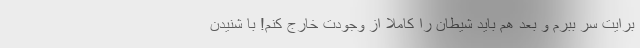
برایت سر ببرم و بعد هم باید شیطان را کاملا از وجودت خارج کنم! با شنیدن